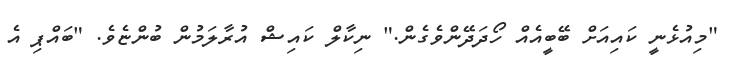
"މިއުޅެނީ ކައިއަށް ބޭބީއެއް ހޯދަދޭންވެގެން." ނިކާލް ކައިޝް އުރާލަމުން ބުންޏެވެ. "ބައްޕި އެ